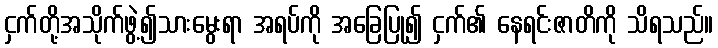
ငှက်တို့အသိုက်ဖွဲ့၍သားမွေးရာ အရပ်ကို အခြေပြု၍ ငှက်၏ နေရင်းဇာတိကို သိရသည်။